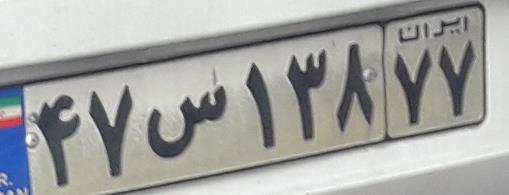
۴۷س۱۳۸۷۷